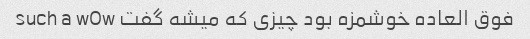
فوق العاده خوشمزه بود چیزی که میشه گفت such a wOw